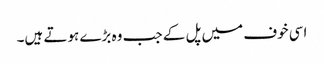
اسی خوف میں پل کے جب وہ بڑے ہوتے ہیں۔